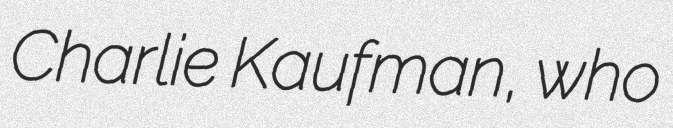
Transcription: Charlie Kaufman, who